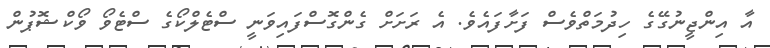
އާ އިންޖީނުގޭގެ ހިދުމަތްވެސް ފަށާފައެވެ. އެ ރަށަށް ގެންގޮސްފައިވަނީ ސްޓެލްކޯގެ ސްޓެވޯ ވޯކްޝޮޕުން